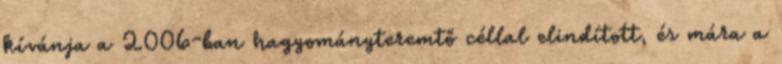
kívánja a 2006-ban hagyományteremtő céllal elindított, és mára a